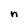
Character: n